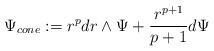
LaTeX: \begin{align*}\Psi _{cone}:=r^pdr\wedge \Psi +\frac{r^{p+1}}{p+1}d\Psi\end{align*}